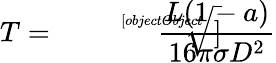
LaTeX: T={\sqrt[[objectObject]]{\frac{L(1-a)}{16\pi\sigma D^{2}}}}